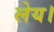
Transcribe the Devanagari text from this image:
लेय।